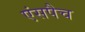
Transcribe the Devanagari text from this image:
एंसपैच